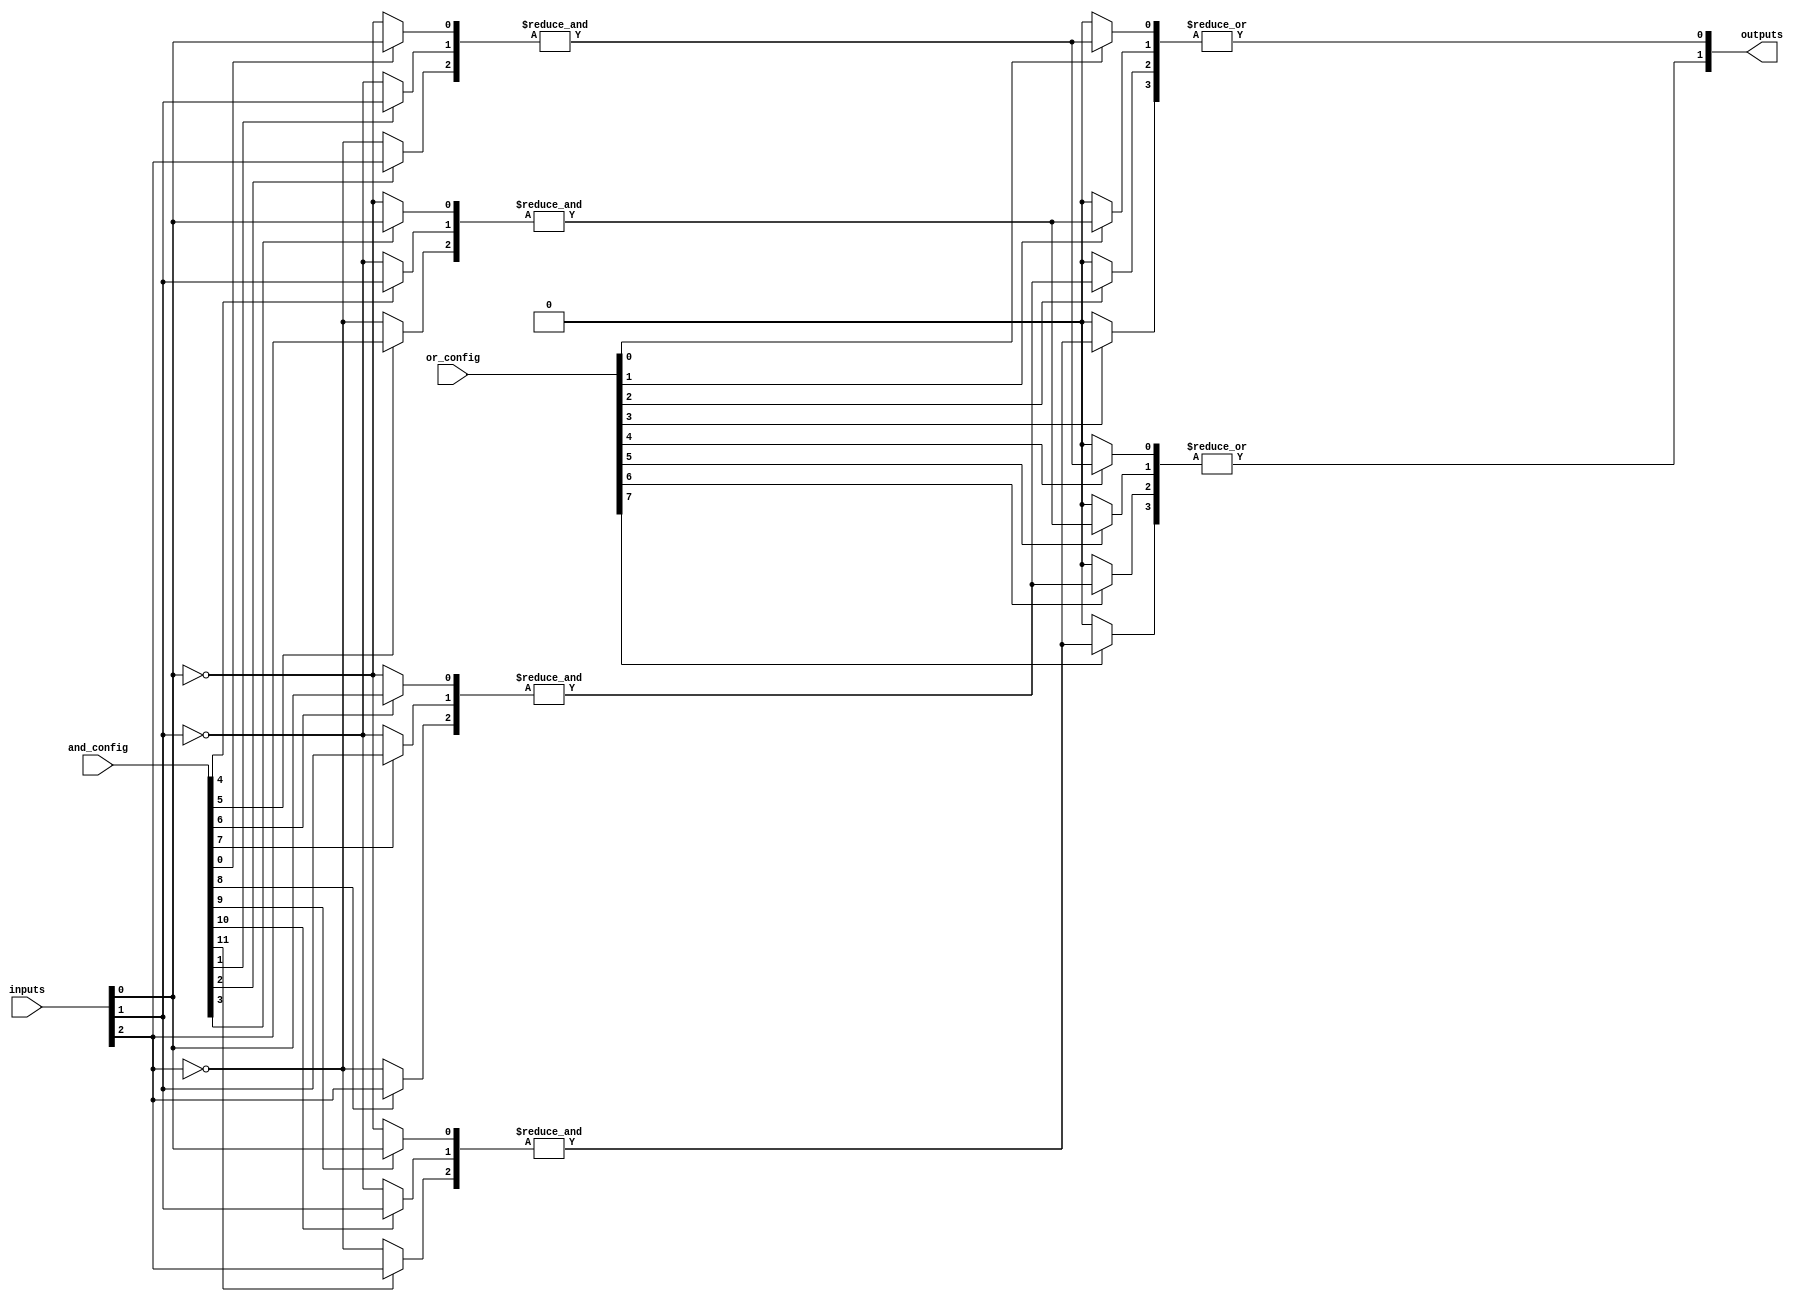
module PLA #(parameter N_INPUTS = 3,         // Number of inputs (A, B, C)
               parameter N_AND_TERMS = 4,     // Number of AND gates
               parameter N_OUTPUTS = 2)       // Number of outputs (Y1, Y2)
(
    input  wire [N_INPUTS-1:0] inputs,      // Input signals
    input  wire [N_AND_TERMS*N_INPUTS-1:0] and_config, // Configuration for AND gates
    input  wire [N_OUTPUTS*N_AND_TERMS-1:0] or_config,  // Configuration for OR gates
    output wire [N_OUTPUTS-1:0] outputs      // Output signals
);

// Internal wires for AND results
wire [N_AND_TERMS-1:0] and_outputs;

// Generate AND gates based on configurations
genvar i, j;
generate
    for (i = 0; i < N_AND_TERMS; i = i + 1) begin : AND_GATE
        wire [N_INPUTS-1:0] and_input; // Inputs for this AND gate

        // Connect inputs based on configuration
        for (j = 0; j < N_INPUTS; j = j + 1) begin : INPUT_SELECT
            assign and_input[j] = and_config[i*N_INPUTS + j] ? inputs[j] : ~inputs[j];
        end

        // Generate AND gate
        assign and_outputs[i] = &and_input; // AND operation
    end
endgenerate

// Generate OR gates based on configurations
generate
    for (i = 0; i < N_OUTPUTS; i = i + 1) begin : OR_GATE
        wire [N_AND_TERMS-1:0] or_input; // Inputs for this OR gate

        // Connect outputs of AND gates based on configuration
        for (j = 0; j < N_AND_TERMS; j = j + 1) begin : AND_OUTPUT_SELECT
            assign or_input[j] = or_config[i*N_AND_TERMS + j] ? and_outputs[j] : 1'b0;
        end

        // Generate OR gate
        assign outputs[i] = |or_input; // OR operation
    end
endgenerate

endmodule